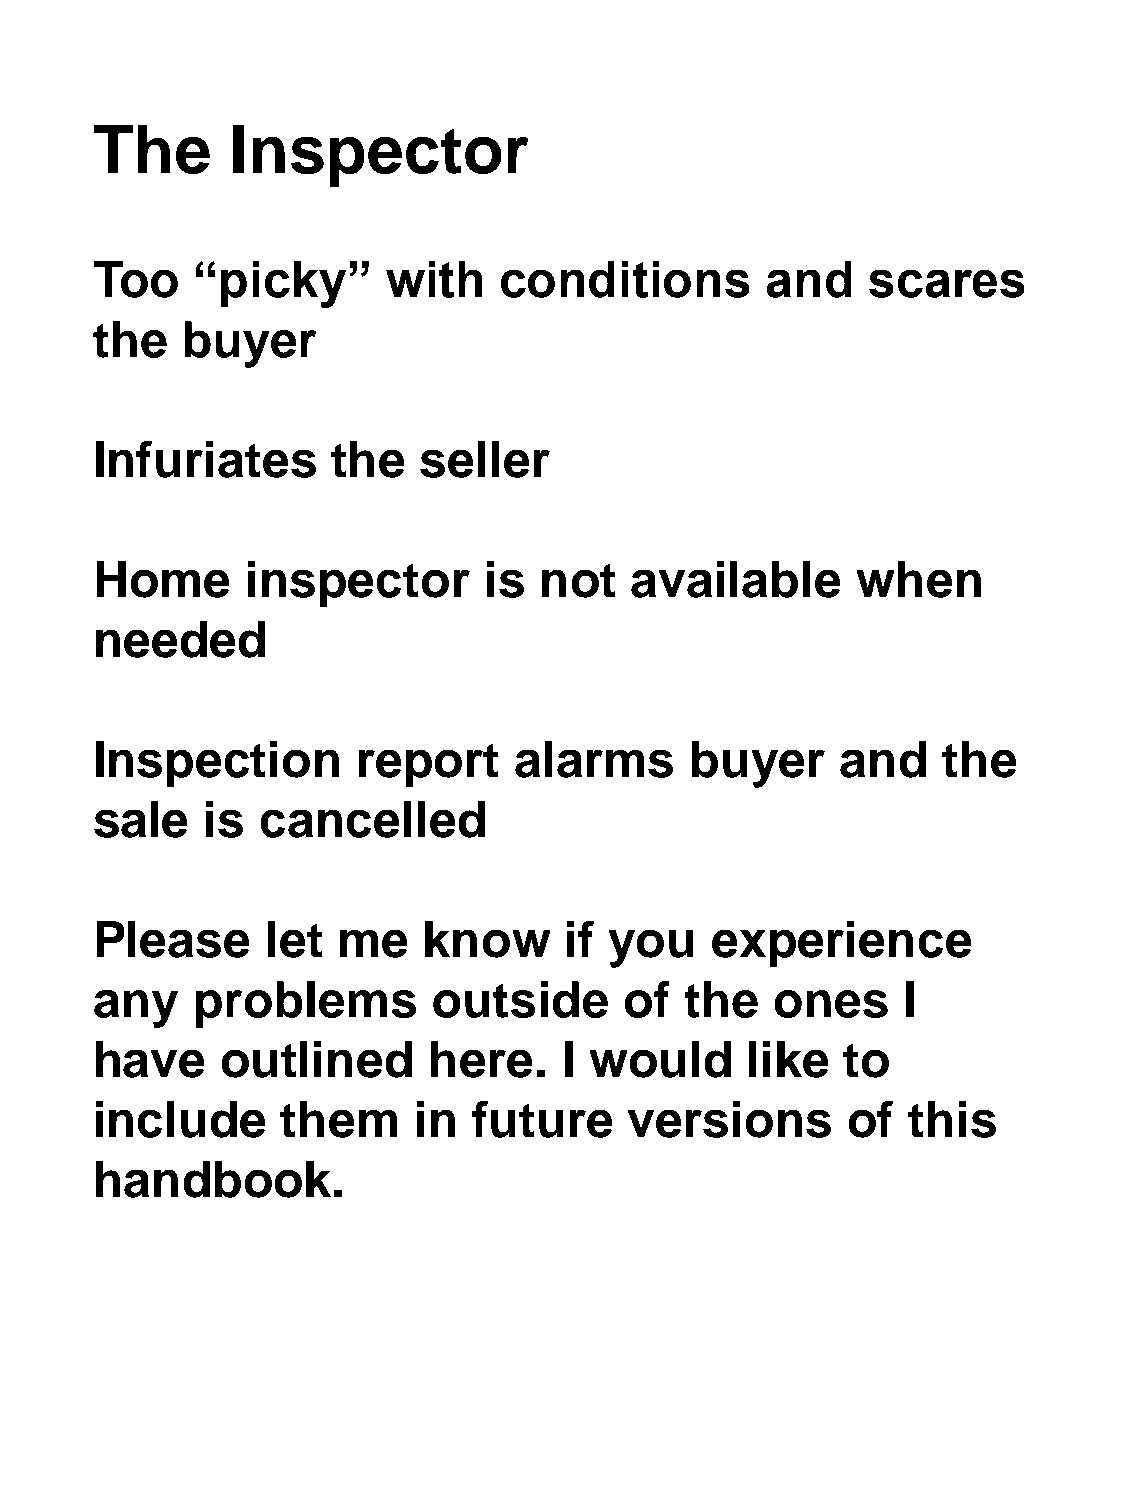
The      Inspector
 Too    “picky”      with   conditions        and   scares
 the   buyer
 Infuriates      the   seller
 Home      inspector       is  not   available      when
 needed
 Inspection        report    alarms      buyer     and   the
 sale    is cancelled
 Please      let me    know     if you    experience
 any    problems        outside     of  the   ones     I
 have     outlined     here.    I would     like   to
 include      them    in  future     versions      of  this
 handbook.
 handbook.